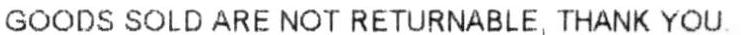
GOODS SOLD ARE NOT RETURNABLE, THANK YOU.